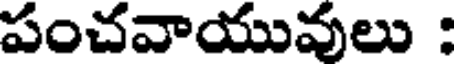
పంచవాయువులు :